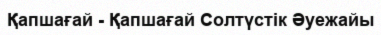
Қапшағай - Қапшағай Солтүстік Әуежайы